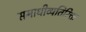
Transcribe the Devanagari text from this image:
समाधीव्यतिरिक्त